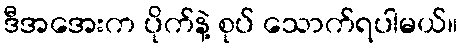
ဒီအအေးက ပိုက်နဲ့ စုပ် သောက်ရပါမယ်။